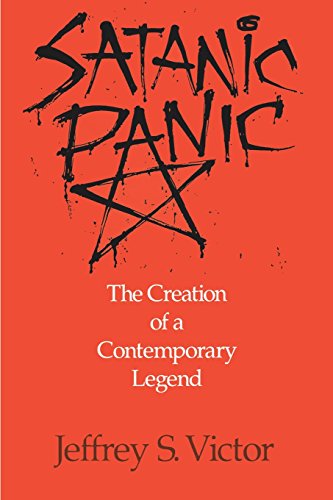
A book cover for Satanic Panic: The Creation of a Contemporary Legend; Jeffrey S. Victor; Religion & Spirituality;